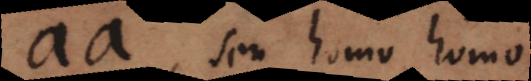
aa, seu homo hom